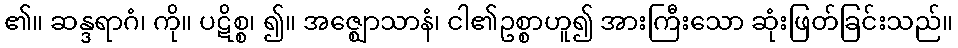
၏။ ဆန္ဒရာဂံ၊ ကို။ ပဋိစ္စ၊ ၍။ အဇ္ဈောသာနံ၊ ငါ၏ဥစ္စာဟူ၍ အားကြီးသော ဆုံးဖြတ်ခြင်းသည်။